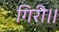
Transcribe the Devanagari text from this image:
गिरी।।